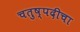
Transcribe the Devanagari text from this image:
चतुष्पदीचा